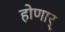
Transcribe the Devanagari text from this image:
होणार्